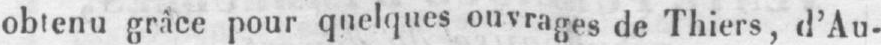
obtenu grâce pour quelques ouvrages de Thiers, d’Au-